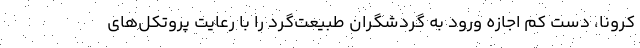
کرونا، دست کم اجازه ورود به گردشگران طبیعت‌گرد را با رعایت پروتکل‌های